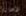
الإهانة